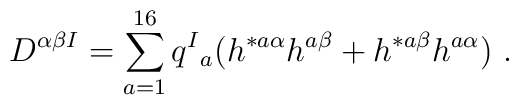
D^{\alpha \beta  I}  = \sum_{a=1}^{16} q^I{}_a ( h^{* a \alpha} h^{a\beta} + h^{* a \beta} h^{a \alpha}) \ .